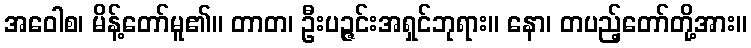
အဝေါစ၊ မိန့်တော်မူ၏။ တာတ၊ ဦးပဉ္ဇင်းအရှင်ဘုရား။ နော၊ တပည့်တော်တို့အား။